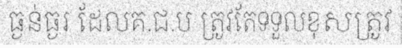
ធ្ងន់ធ្ងរ ដែលគ.ជ.ប ត្រូវតែទទួលខុសត្រូវ